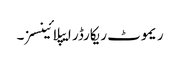
ریموٹ ریکارڈر ایپلائینسز۔